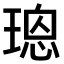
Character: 𤨌